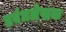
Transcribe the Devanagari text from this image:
प्रबंधलेखक